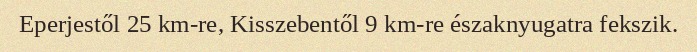
Eperjestől 25 km-re, Kisszebentől 9 km-re északnyugatra fekszik.